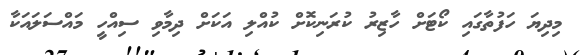
މިދިޔަ ހަފުތާގައި ކޯޓަށް ހާޒިރު ކުރަނިކޮށް ކުއްލި އަކަށް ދިމާވި ސިއްހީ މައްސަލައަކާ